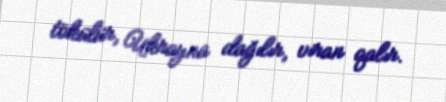
tökülür, Ukrayna dağılır, viran qalır.